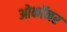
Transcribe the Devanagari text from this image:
ओकॉनर